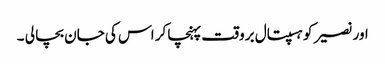
اور نصیر کو ہسپتال بروقت پہنچا کر اس کی جان بچا لی ۔